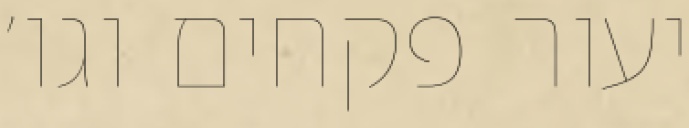
יעור פקחים וגו׳